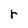
Character: r